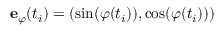
\mathbf { e } _ { \varphi } ( t _ { i } ) = ( \sin ( \varphi ( t _ { i } ) ) , \cos ( \varphi ( t _ { i } ) ) )